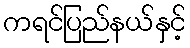
ကရင်ပြည်နယ်နှင့်